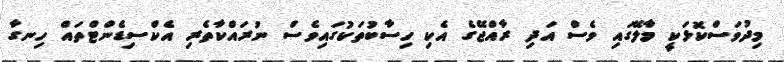
މިދުވަސްކޮޅަކީ މާލޭގައި ވެސް އަދި ރާއްޖޭގެ އެކި ހިސާބުތަކުގައިވެސް ނުރައްކާތެރި އެކްސިޑެންޓްތައް ހިނގާ